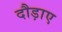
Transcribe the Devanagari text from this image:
दौड़ाए